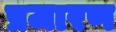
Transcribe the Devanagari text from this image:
प्रजारण